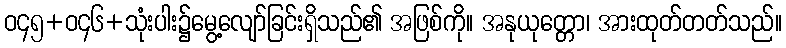
ဝ၄၅+ဝ၄၆+သုံးပါး၌မွေ့လျော်ခြင်းရှိသည်၏ အဖြစ်ကို။ အနုယုတ္တော၊ အားထုတ်တတ်သည်။